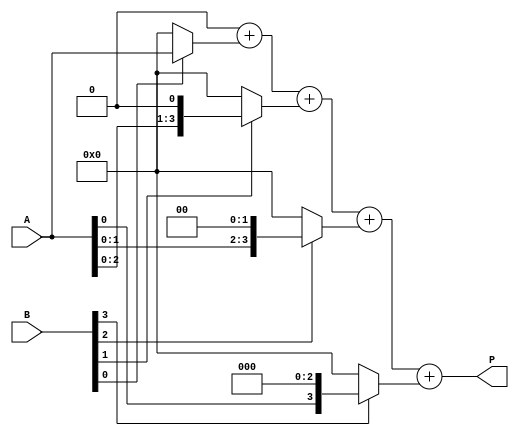
module array_multiplier #(parameter m = 4, n = 4) (
    input [m-1:0] A, // Multiplicand
    input [n-1:0] B, // Multiplier
    output reg [m+n-1:0] P // Product
);

    reg [m-1:0] partial_products[n-1:0]; // Array to hold partial products

    // Generate partial products
    integer i, j;
    always @(*) begin
        // Initialize partial products to zero
        for (i = 0; i < n; i = i + 1) begin
            partial_products[i] = 0;
        end
        
        // Generate each partial product
        for (i = 0; i < n; i = i + 1) begin
            if (B[i]) begin
                partial_products[i] = A << i; // Shift A left by i positions
            end
        end
        
        // Initialize product P to zero
        P = 0;

        // Sum the partial products
        for (i = 0; i < n; i = i + 1) begin
            P = P + partial_products[i];
        end
    end

endmodule